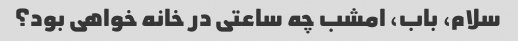
سلام، باب، امشب چه ساعتی در خانه خواهی بود؟